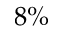
8 \%